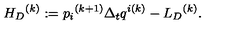
{ { H } _ { D } } ^ { ( k ) } : = { p _ { i } } ^ { ( k + 1 ) } \Delta _ { t } q ^ { i ( k ) } - { { L } _ { D } } ^ { ( k ) } .